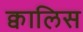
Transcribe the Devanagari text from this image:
क्वालिस